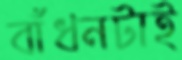
বাঁধনটাই